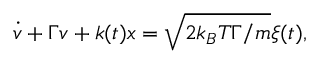
\dot { v } + \Gamma v + k ( t ) x = \sqrt { 2 k _ { B } T \Gamma / m } \xi ( t ) ,